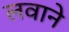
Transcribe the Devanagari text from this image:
लवाने